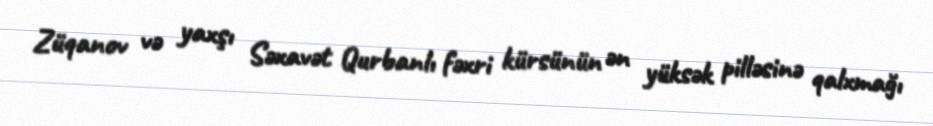
Züqanov və yaxşı Səxavət Qurbanlı fəxri kürsünün ən yüksək pilləsinə qalxmağı